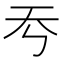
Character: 𡗙